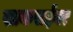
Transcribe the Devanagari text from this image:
साकसईवर